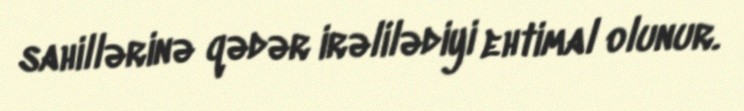
sahillərinə qədər irəlilədiyi ehtimal olunur.